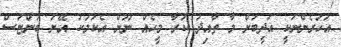
އަހަރެންނަކީ އަދީބަށް މާ ތާއިދު ކުރާ މީހެއް ނޫން އެކަމަކު އޭނަ ބުންޏަސް